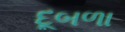
દૂબળા